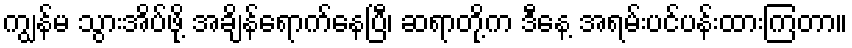
ကျွန်မ သွားအိပ်ဖို့ အချိန်ရောက်နေပြီ၊ ဆရာတို့က ဒီနေ့ အရမ်းပင်ပန်းထားကြတာ။